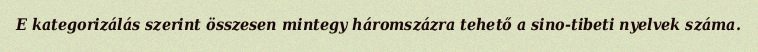
E kategorizálás szerint összesen mintegy háromszázra tehető a sino-tibeti nyelvek száma.